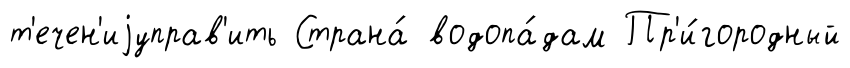
т'ечен'иjуправ'ить Страна́ водопа́дам Пр'и́городный